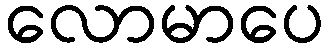
လောမာပေ